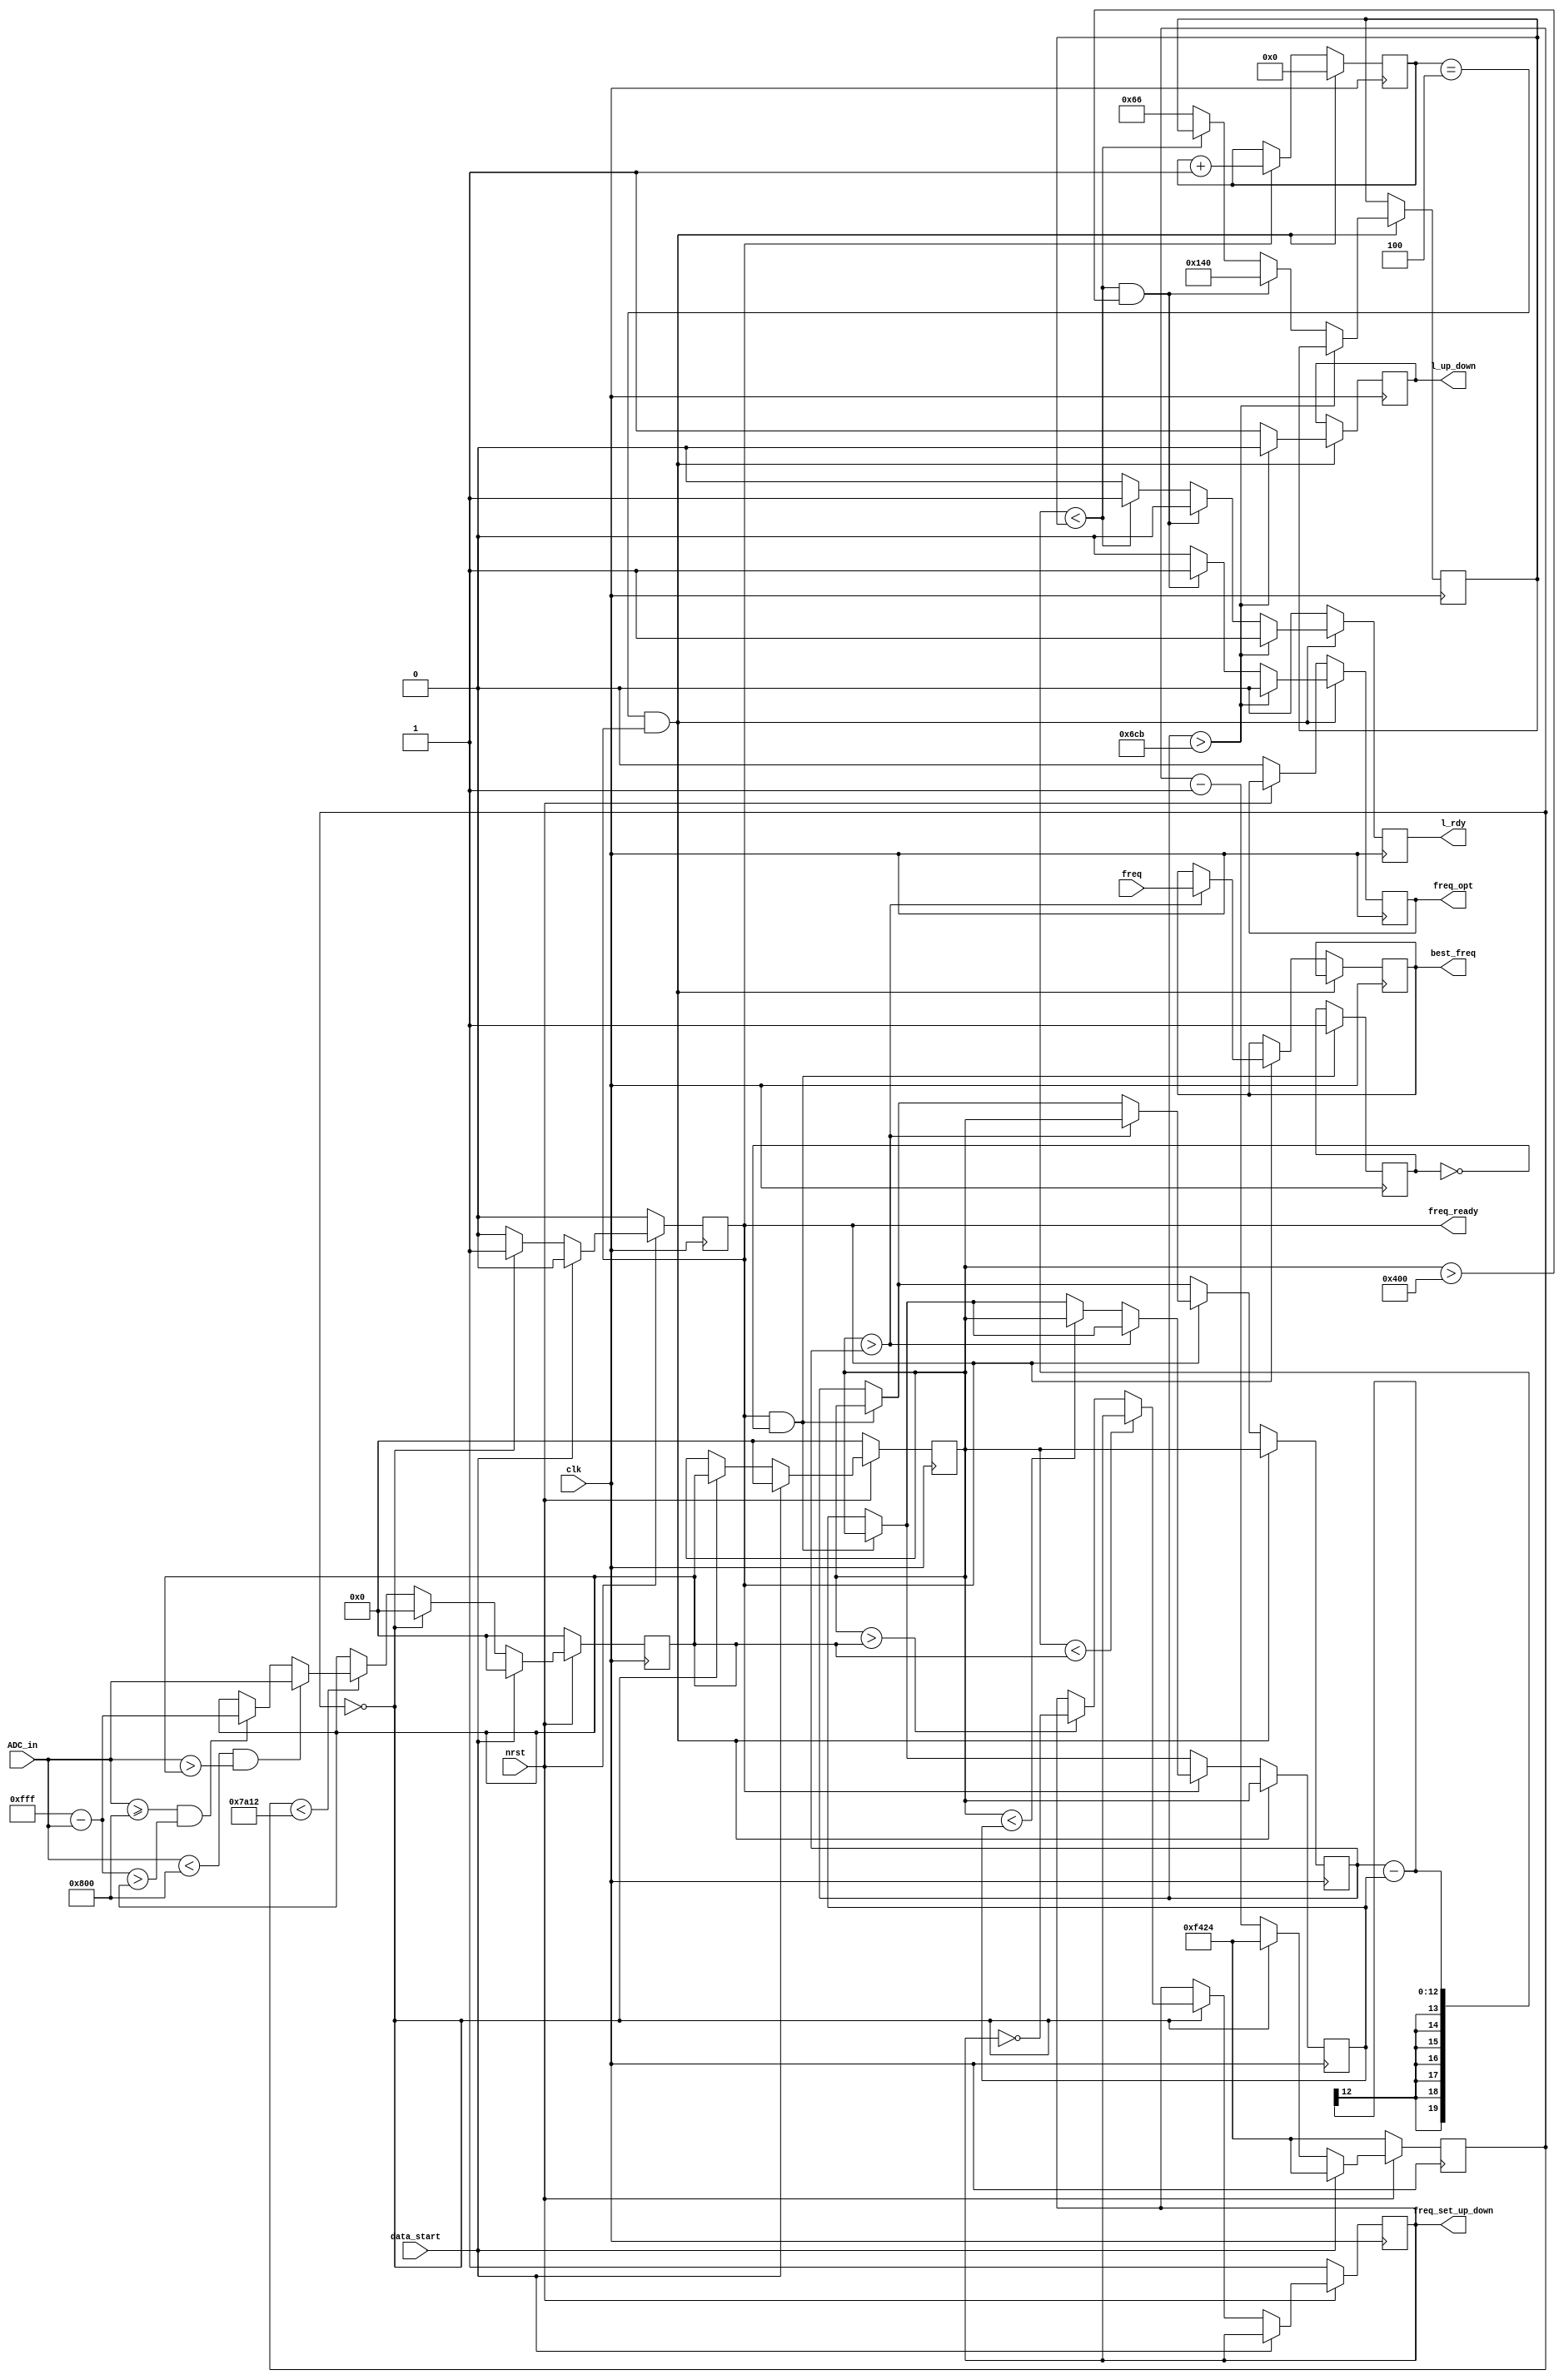
`timescale 1ps/1ps

module Freq (
	input wire clk,
	input wire nrst,
	input wire data_start,
	input wire [11:0] ADC_in,
	input wire [19:0] freq,
	output reg freq_ready,
	output reg freq_set_up_down,
	output reg freq_opt,
	output reg [19:0] best_freq,
	output reg l_rdy,
	output reg l_up_down
	);

	reg [11:0] highest_so_far;
	reg [11:0] lowest_so_far;
	reg lets_go = 1'b0;
	reg [3:0] counter_freq_opt = 0;

	//For this algorithm, we will calculate the maximum current
    reg [11:0] old_highest = 12'h000;
    reg [11:0] new_highest = 12'h000;
    
    //clk = 50MHz; Samp = 1MHz; Power ~= 40khz --> #clk_cycl/period_power ~= 50*25 = 1250 clk_cycli/power_cyclus
    //If we choose around 4 power_cycli to messure --> clk_counter = 4*1250 = 5000
    reg [19:0] clk_cycles = 20'hF424; //Every highest messurement is done over 5000 clk_cycles

    reg [19:0] threshold = 20'h66; //Treshhold is default 5/2048 = 0,244 % - Can be modified (2048 = 11bit = 12'h7FF)
    
    always @(posedge clk)begin

        if(~nrst)begin
			//Reset
            freq_ready <= 0;
            freq_set_up_down <= 1; //Default is up
            freq_opt <= 0; //Default is no optimum
            clk_cycles <= 20'hF424;

            old_highest <= 12'h000;
            new_highest <= 12'h000;
        end
		else if(data_start)begin
			freq_ready <= 0;
            clk_cycles <=20'hF424;

            old_highest <= 12'h000;
            new_highest <= 12'h000;
		end
        else if(clk_cycles == 0)begin
            //If the counter is set zero --> compare old_highest to new_highest
            //Compare highest value of previous messurement to the new messurement 
            //duration: 5000 clk_cycles each
            old_highest <= new_highest;
			new_highest <= 12'h000;
            clk_cycles <= 20'hF424;

            if(old_highest < new_highest)begin
				$display("Right direction");
                //Right direction
                freq_set_up_down <= freq_set_up_down;
                freq_ready <= 1;
            end
            else if(old_highest > new_highest)begin
                //Wrong direction
                freq_set_up_down <= ~freq_set_up_down;
                freq_ready <= 1;
            end

            else begin
                //Optimum
                //We found an optimum --> end freq optimization algorithm
				freq_set_up_down <= freq_set_up_down;
                freq_ready <= 1;
            end
        end

        else if(clk_cycles < 20'h7A12)begin
            //Compare the new current value to the existing highest one
            //new_highest is always a value between 0 and 7FF = 11bit
			freq_ready <= 0;
			//freq_set_up_down <= freq_set_up_down;
			clk_cycles <= clk_cycles - 1;

            if(ADC_in < 12'h800 && ADC_in > new_highest)begin
                new_highest <= ADC_in; //ADC_in is value between 0 and 7FF and is larger than new_highest
            end
            else if(ADC_in >= 12'h800 && 12'hFFF - ADC_in > new_highest)begin
                new_highest <= 12'hFFF - ADC_in;
            end
			else begin
				new_highest <= new_highest;
			end
        end
		else begin
			freq_ready <= 0;
			clk_cycles <= clk_cycles - 1;
		end
	
		if(freq_ready && ~lets_go)begin
			highest_so_far <= old_highest;
			lowest_so_far <= old_highest;
			lets_go <= 1;
		end

		if(counter_freq_opt == 4 && freq_ready)begin
			if(highest_so_far > 12'h6CB)begin
				freq_opt <= 0;
				l_rdy <= 1;
				l_up_down <= 0;
			end
			else if((highest_so_far - lowest_so_far) < threshold && old_highest > 12'h400)begin
				freq_opt <= 1;
				threshold <= 12'h140;
				l_rdy <= 0;
				l_up_down <= 1;
			end
			else if((highest_so_far - lowest_so_far) < threshold)begin
				l_rdy <= 1;
				l_up_down <= 1;
				freq_opt <= 0;
			end
			else begin
				freq_opt <= 0;
				threshold <= 12'h66;
				l_rdy <= 0;
				l_up_down <= 1;
			end
			counter_freq_opt <= 0;
			highest_so_far <= old_highest;
			lowest_so_far <= old_highest;
		end
		else if(freq_ready)begin
			l_rdy <= 0;
			counter_freq_opt <= counter_freq_opt + 1;
			if (old_highest > highest_so_far)begin
				highest_so_far <= old_highest;
				best_freq <= freq;
			end
			else if(old_highest < lowest_so_far)begin
				lowest_so_far <= old_highest;
			end
		end
		else begin
			l_rdy <= 0;
		end		
	end

endmodule